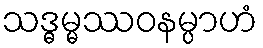
သဒ္ဓမ္မဿဝနမ္ပာဟံ